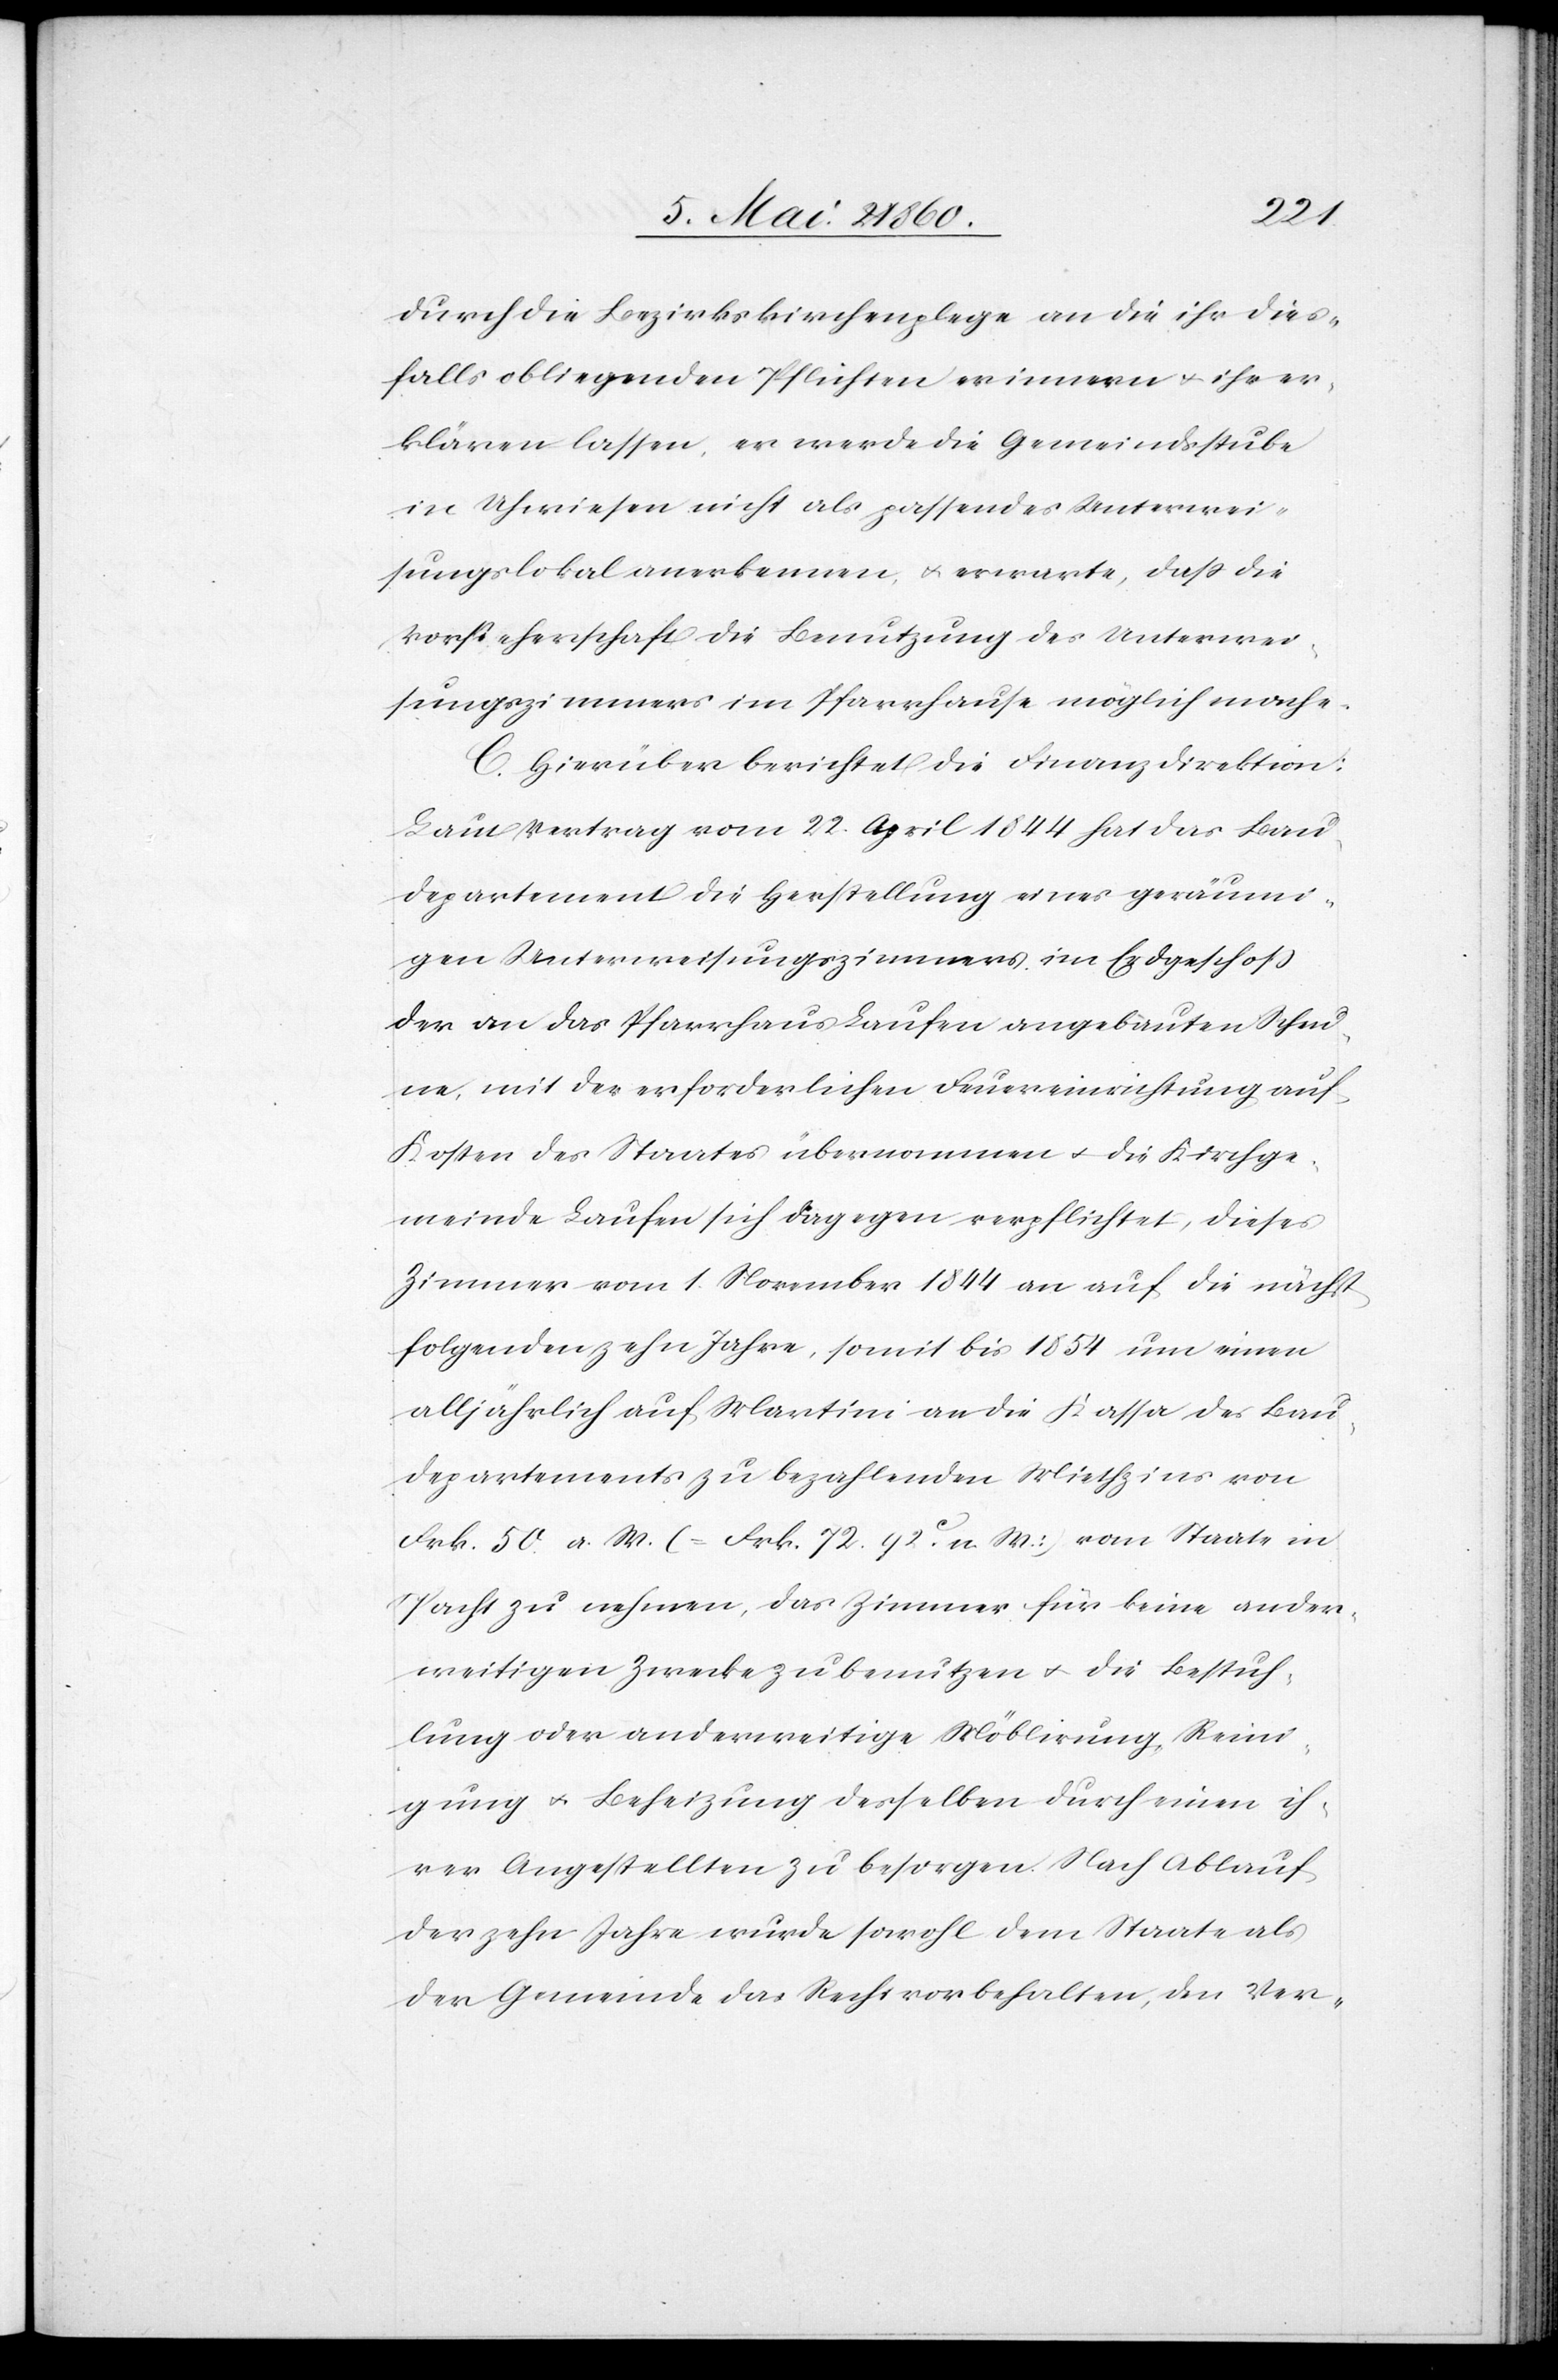
Bau¬
durch die Bezirkskirchenpflege an die ihr dies¬
falls obliegenden Pflichten erinnern u. ihr er¬
klären lassen, er werde die Gemeindsstube
in Uhwiesen nicht als passendes Unterwei¬
sungslokal anerkennen u. erwarte, dass die
Vorsteherschaft die Benutzung des Unterwei¬
sungszimmers im Pfarrhause möglich mache.
C. Hierüber berichtet die Finanzdirektion:
Laut Vertrag vom 22. April 1844 hat das Bau¬
departement die Herstellung eines geräumi¬
gen Unterweisungszimmers im Erdgeschoss
der an das Pfarrhaus Laufen angebauten Scheu¬
ne, mit der erforderlichen Feuereinrichtung auf
Kosten des Staates übernommen u. die Kirchge¬
meinde Laufen sich dagegen verpflichtet, dieses
Zimmer vom 1. November 1844 um einen alljähr¬
departements zu bezahlenden Miethzins von
Frk. 50 a. W. (= Frk. 72 92C n. W.) vom Staate in
Pacht zu nehmen, das Zimmer für keine ander¬
weitigen Zwecke zu benutzen u. die Bestuh¬
lung oder anderweitige Möblirung, Reini¬
gung u. Beheizung desselben durch einen ih¬
rer Angestellten zu besorgen. Nach Ablauf
der zehn Jahre wurde sowohl dem Staate als
der Gemeinde das Recht vorbehalten, den Ver-